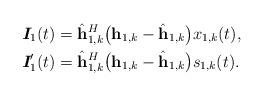
LaTeX: \begin{align*} \textit{\textbf{I}}_{1}(t) &= \hat{\textbf{h}}~\!\!^H_{1,k} \big(\textbf{h}_{1,k}-\hat{\textbf{h}}_{1,k}\big) x_{1,k}(t), \\ \textit{\textbf{I}}^{\prime}_{1}(t) &= \hat{\textbf{h}}~\!\!^H_{1,k} \big(\textbf{h}_{1,k}-\hat{\textbf{h}}_{1,k}\big) s_{1,k}(t).\end{align*}